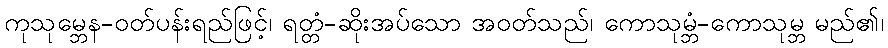
ကုသုမ္ဘေန-ဝတ်ပန်းရည်ဖြင့်၊ ရတ္တံ-ဆိုးအပ်သော အဝတ်သည်၊ ကောသုမ္ဘံ-ကောသုမ္ဘ မည်၏၊